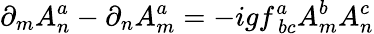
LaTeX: \partial_{m}A_{n}^{a}-\partial_{n}A_{m}^{a}=-igf_{~bc}^{a}A_{m}^{b}A_{n}^{c}